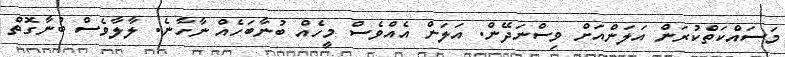
މަސައްކަތްކުރަން އަލަންއަށް ވިސްނަދޭން. އަލަން އެއްވެސް މީހެއް ބުނާބަހެއް ނާހާނެ. ލާލާވެސް ބުނާގޮތް